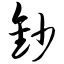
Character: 钞